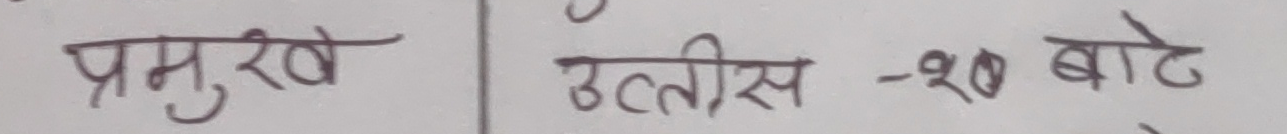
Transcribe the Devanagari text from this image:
प्रमुखे उत्तीस - २० बाटे